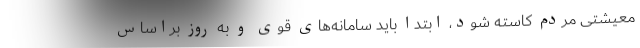
معیشتی مردم کاسته شود، ابتدا باید سامانه‌های قوی و به روز براساس